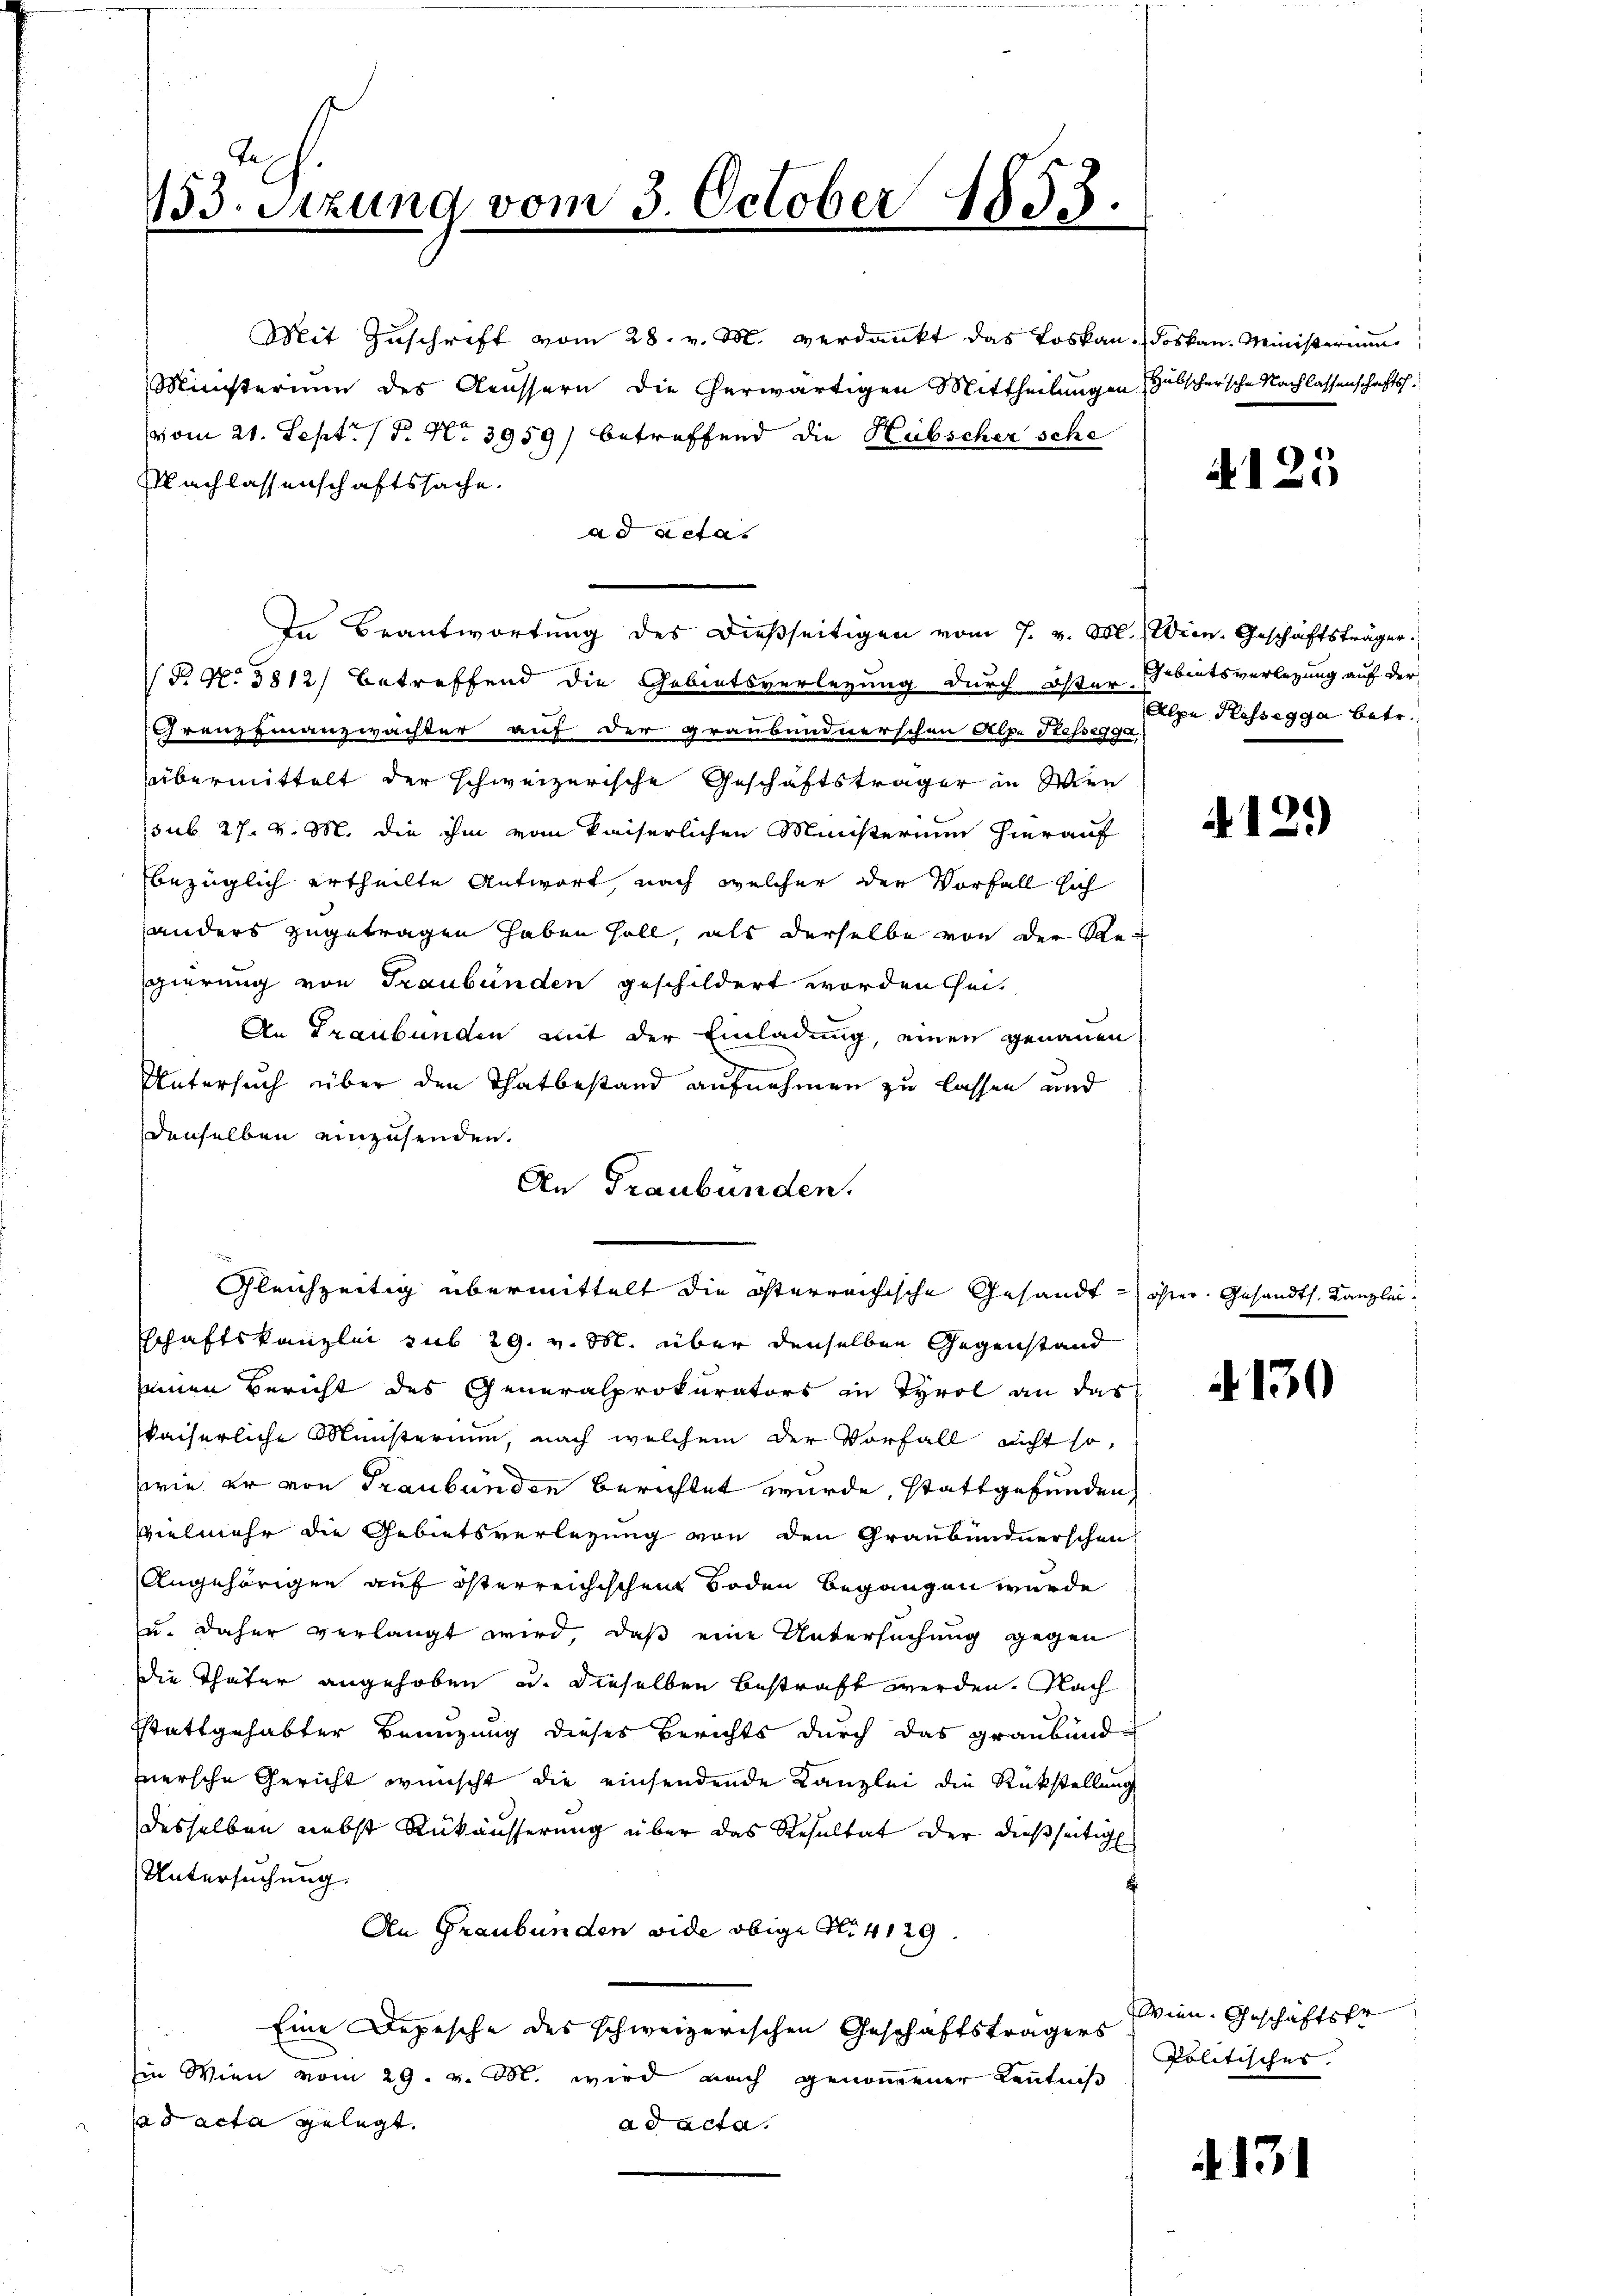
Tes
133. Sitzung vom 3. October 1853.

Mit Zuschrift vom 28. v. M. verdankt das Loskau. Loskan. Ministerium
Ministerium des Aeussern die herwärtigen Mittheilungen
vom 21. Sept. (T. No 3959) betreffend die Hübscher sche
Nachlassenschaftssache.
ad acta.
gp. 5812) betreffend die Gebietsverlegung durch öster Erbentsverlegung auf der
Grenz Finanzwachter auf der graubündnerschen Alpe Kessegga
übermittelt der schweizerische Geschäftsträger in Wien
sub. 27. v. M. die ihm vom kaiserlichen Ministerium hierauf
bezüglich ertheilte Antwort, nach welcher der Vorfall sich
anders zugetragen haben soll, als derselbe von der Regierung von Graubünden geschildert worden sei.
An Graubünden mit der Einladung, einen genauen
Untersuch über den Thatbestand aufnehmen zu lassen und
denselben einzusenden.
An Graubünden.
Gleichzeitig übermittelt die österrechische Gesandt - öfter. Gesa
schaftskanzlei sub 29. v. M. über denselben Gegenstand
inen Bericht des Generalprokurators in Tyrol an das
kaiserliche Ministerium, nach welchem der Vorfall nicht so
wie er von Graubünden berichtet wurde, stattgefunden,
vielmehr die Gebietsverlegung von den Graubündnerschen
Angehörigen auf österreichischen Boden begangen wurde
u. daher verlangt wird, daß eine Untersuchung gegen
die Thäter angehoben u. dieselben bestraft werden. Nach
.
stattgehabter Benuzung dieses Berichts durch das Graubündnersche Gericht wünscht die einsendende Kanzlei die Rückstellung
desselben nebst Rükäusserung über das Resultat der dießseitig
Untersuchung
An Graubünden vide obige No 4129.
Eine Depesche des schweizerischen Geschäftsträgers
Ein Wien vom 29. v. M. wird nach genommener Kenntniß
ad acta gelegt.
ad acta.

In Beantwortŭng des dießseitigen vom 7. v. M. Wien. Geschäftsträger

Hübschersche Nachlassenschafts¬

Alpe Klassegga betr.

A125

A129)

A 130

th. Kanzler

Wien. Geschäftsfr
Politisches.

131